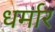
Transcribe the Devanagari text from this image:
धर्मार